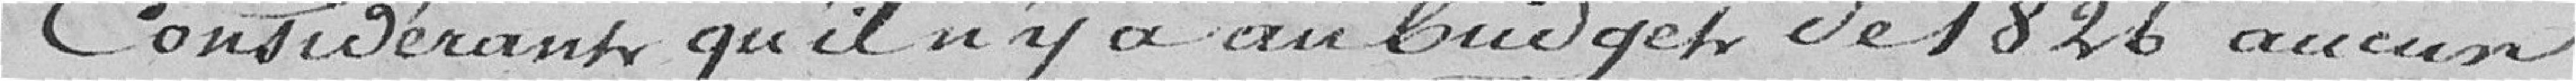
Considérant qu'il n'y a au budget de 1826 aucun